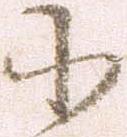
小